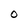
Character: O